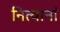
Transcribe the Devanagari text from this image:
नित्यानां